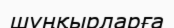
шүңқырларға